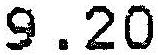
9.20